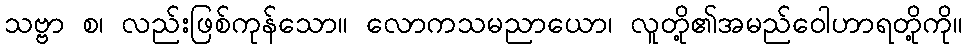
သဗ္ဗာ စ၊ လည်းဖြစ်ကုန်သော။ လောကသမညာယော၊ လူတို့၏အမည်ဝေါဟာရတို့ကို။